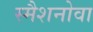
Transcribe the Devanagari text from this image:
स्मैशनोवा